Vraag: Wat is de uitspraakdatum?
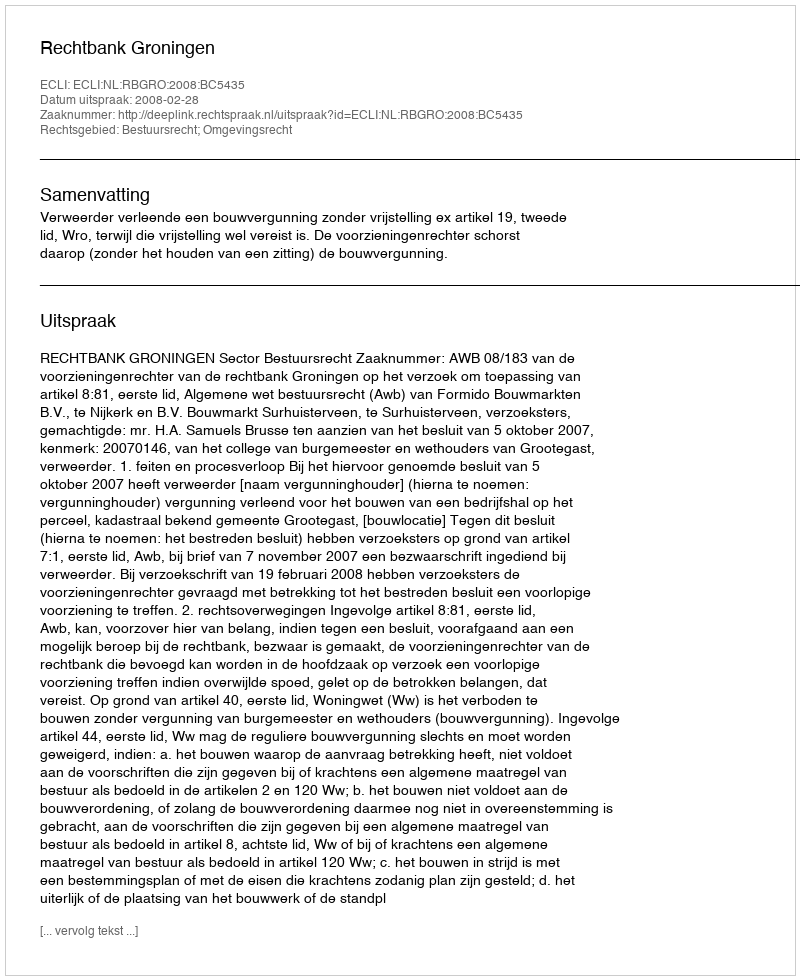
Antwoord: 2008-02-28